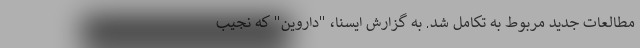
مطالعات جدید مربوط به تکامل شد. به گزارش ایسنا، "داروین" که نجیب‌